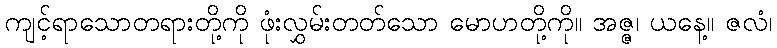
ကျင့်ရာသောတရားတို့ကို ဖုံးလွှမ်းတတ်သော မောဟတို့ကို။ အဇ္ဇ၊ ယနေ့။ ဇလံ၊